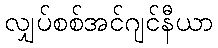
လျှပ်စစ်အင်ဂျင်နီယာ